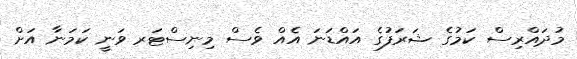
މުދައްރިސް ކަމުގެ ޝަރަފުގެ އައްޑަނަ އެއް ވެސް މިނިސްޓަރ ވަނީ ކަމަނާ އަށް